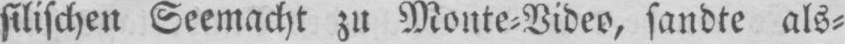
silischen Seemacht zu Monte⸗Video, sandte als⸗